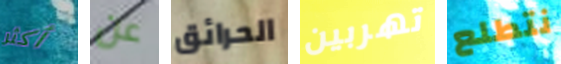
أكثر عن الحرائق تهربين نتطلع